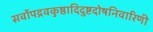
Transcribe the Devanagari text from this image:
सर्वोपद्रवकुष्ठादिदुष्टदोषनिवारिणी